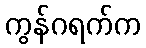
ကွန်ဂရက်က